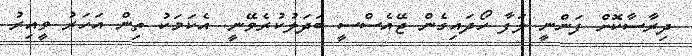
ދިރާސާކޮށް ފަންނީ ލަފާ ހޯދައިގެން ޖޭއެސްސީ ބަދަލުކުރެވޭނީ. އެކަމަކު ތިން އަހަރު ވީއިރު